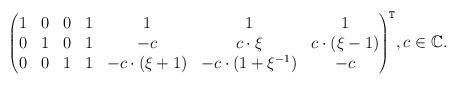
LaTeX: \begin{align*}{\scriptstyle \begin{pmatrix}1 & 0 & 0 & 1 & 1 & 1 & 1\\0 & 1 & 0 & 1 & -c & c\cdot \xi & c\cdot(\xi-1)\\0 & 0 & 1 & 1 & -c\cdot(\xi+1) & -c\cdot(1+\xi^{-1}) & -c\end{pmatrix}}^{\mathtt{T}},c\in\mathbb{C}.\end{align*}